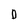
Character: O